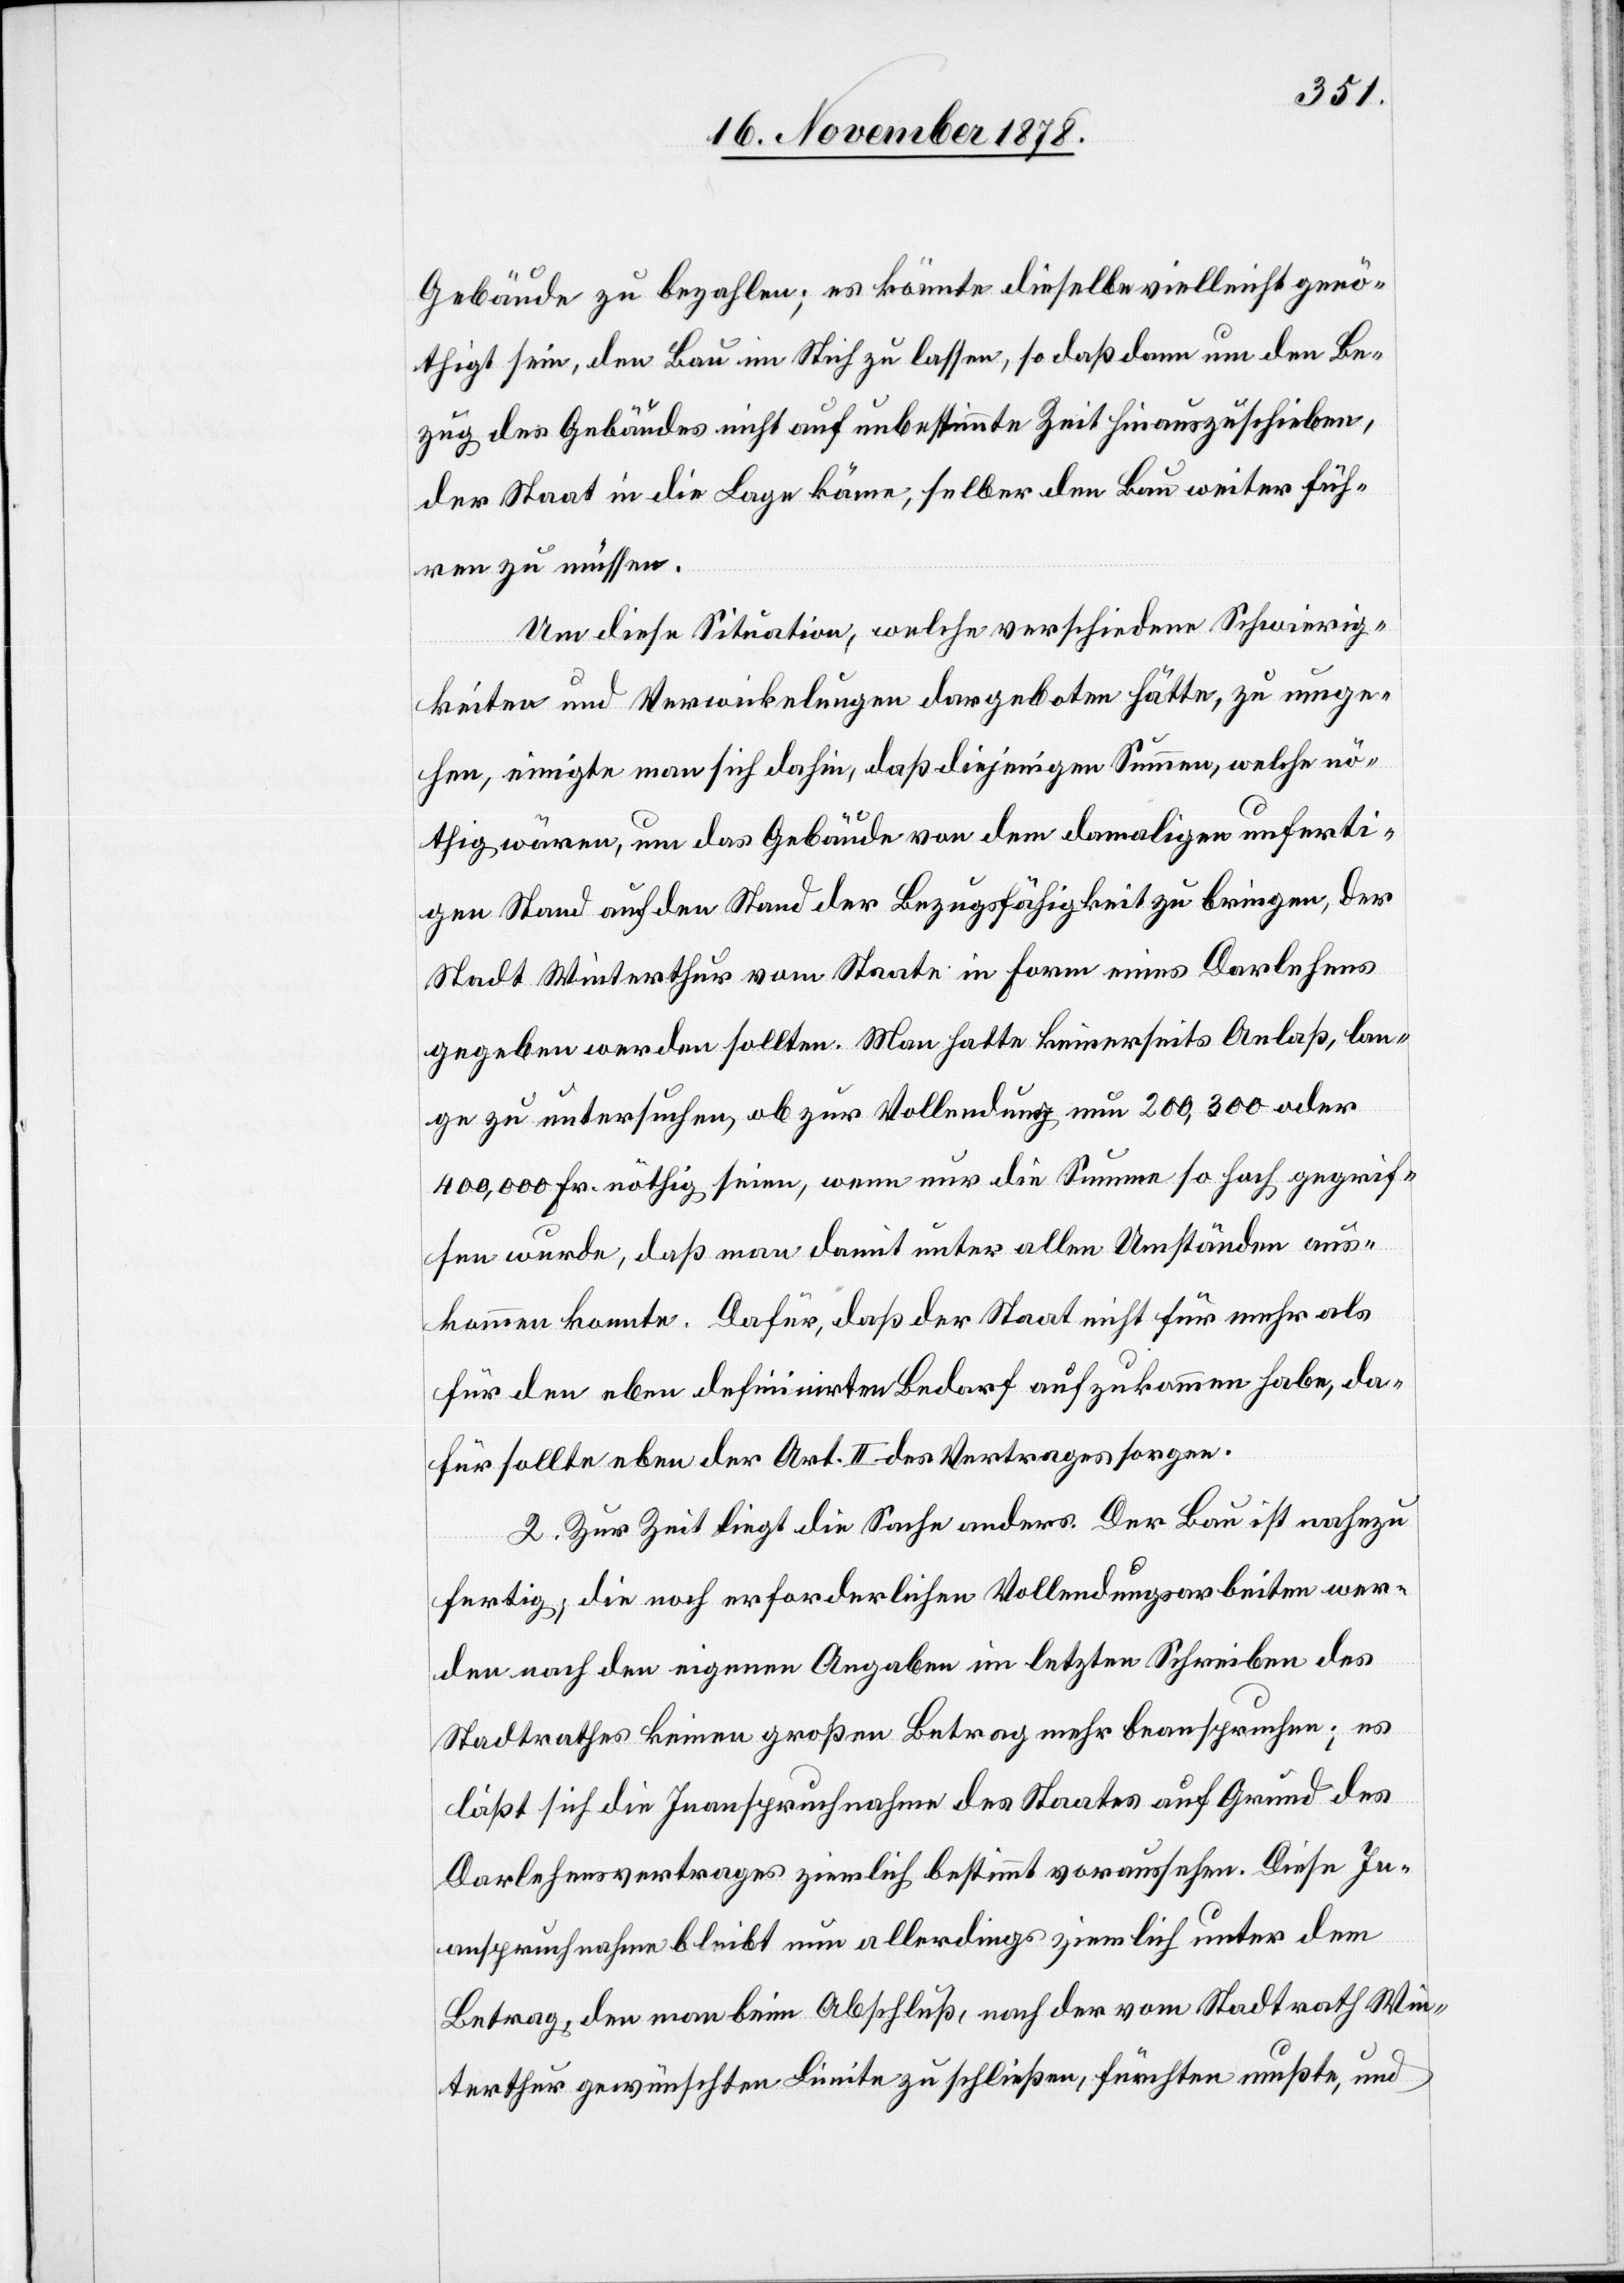
Gebäude zu bezahlen; es könnte dieselbe vielleicht genö¬
thigt sein, den Bau im Stich zu lassen, so daß dann um den Be¬
zug des Gebäudes nicht auf unbestimmte Zeit hinauszuschieben,
der Staat in die Lage käme, selber den Bau weiter füh¬
ren zu müssen.
Um diese Situation, welche verschiedene Schwierig¬
keiten und Verwickelungen dargeboten hätte, zu umge¬
hen, einigte man sich dahin, daß diejenigen Summen, welche nö¬
thig wären, um das Gebäude von dem damaligen unferti¬
gen Stand auf den Stand der Bezugsfähigkeit zu bringen, der
Stadt Winterthur vom Staate in Form eines Darlehens
gegeben werden sollten. Man hatte keinerseits Anlaß, lan¬
ge zu untersuchen, ob zur Vollendung nun 200, 300 oder
400,000 Fr. nöthig seien, wenn nur die Summe so hoch gegrif¬
fen wurde, daß man damit unter allen Umständen aus¬
kommen konnte. Dafür, daß der Staat nicht für mehr als
für den eben definirten Bedarf aufzukommen habe, da¬
für sollte eben der Art. II des Vertrages sorgen.
2. Zur Zeit liegt die Sache anders. Der Bau ist nahezu
fertig; die noch erforderlichen Vollendungsarbeiten wer¬
den nach den eigenen Angaben im letzten Schreiben des
Stadtrathes keinen großen Betrag mehr beanspruchen; es
läßt sich die Inanspruchnahme des Staates auf Grund des
Darlehensvertrages ziemlich bestimmt voraussehen. Diese In¬
anspruchnahme bleibt nun allerdings ziemlich unter dem
Betrag, den man beim Abschluß, nach der vom Stadtrath Win¬
terthur gewünschten Limite zu schließen, fürchten mußte, und